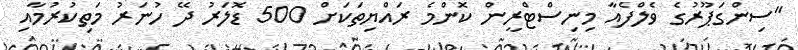
"ސިންގަޕޫރުގެ ވެލްފެއާ މިނިސްޓްރީން ކޮންމެ ރައްޔިތަކަށް 500 ޑޮލަރު ދޭ ހުނަރު މަތިކުރުމާއި